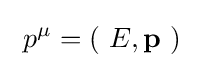
\ p^{\mu }=\left(\ E,\mathbf {p} \ \right)\